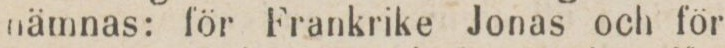
nämnas: för Frankrike Jonas och för